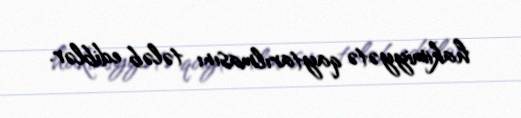
hakimiyyətə qaytarılmasını tələb ediblər.